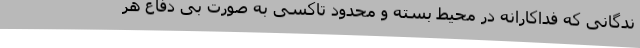
ندگانی که فداکارانه در محیط بسته و محدود تاکسی به صورت بی دفاع هر